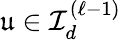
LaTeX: {\mathfrak{u}}\in{\mathcal{I}}_{d}^{(\ell-1)}